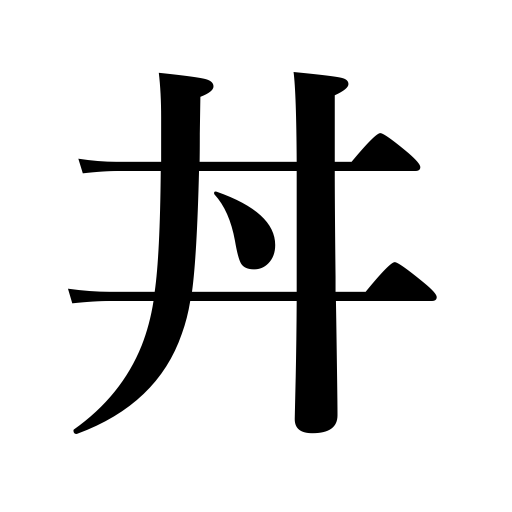
Meanings: bowl,bowl of food